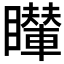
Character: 𥌦